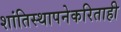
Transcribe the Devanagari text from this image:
शांतिस्थापनेकरिताही